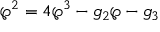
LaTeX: \wp ^ { 2 } = 4 \wp ^ { 3 } - g _ { 2 } \wp - g _ { 3 }